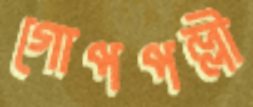
গোপপল্লী